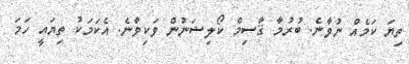
ތިޔަ ކަމެއް ނުވާނެ. ބުރުމާ ޤާސިމް ކޯލިޝަނުން ވަކިވާނެ. އެކަމަކު ތިޔައީ ހަމަ